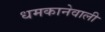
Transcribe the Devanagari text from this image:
धमकानेवाली